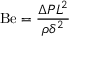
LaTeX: \mathrm { B e } = { \frac { \Delta P L ^ { 2 } } { \rho \delta ^ { 2 } } }